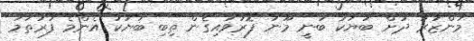
މަންޒަރު ދުށް ބަޔަކު ބުނީ މޫނު ފޮރުވައިގެން ތިބި ބަޔަކު އެންމެ ފުރަތަމަ